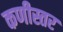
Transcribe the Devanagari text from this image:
कणीस्तर